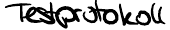
Testprotokoll